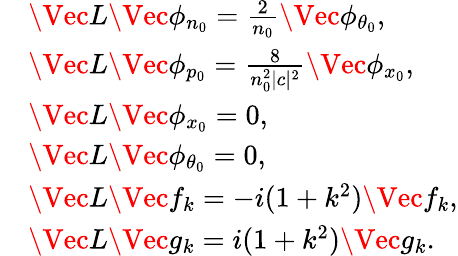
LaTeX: \begin{array}{rl}&{\Vec{L}\Vec{\phi}_{n_{0}}=\frac{2}{n_{0}}\Vec{\phi}_{\theta_{0}},}\\ &{\Vec{L}\Vec{\phi}_{p_{0}}=\frac{8}{n_{0}^{2}|c|^{2}}\Vec{\phi}_{x_{0}},}\\ &{\Vec{L}\Vec{\phi}_{x_{0}}=0,}\\ &{\Vec{L}\Vec{\phi}_{\theta_{0}}=0,}\\ &{\Vec{L}\Vec{f}_{k}=-i(1+k^{2})\Vec{f}_{k},}\\ &{\Vec{L}\Vec{g}_{k}=i(1+k^{2})\Vec{g}_{k}.}\end{array}